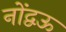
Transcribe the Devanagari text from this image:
नोंद्वऊ